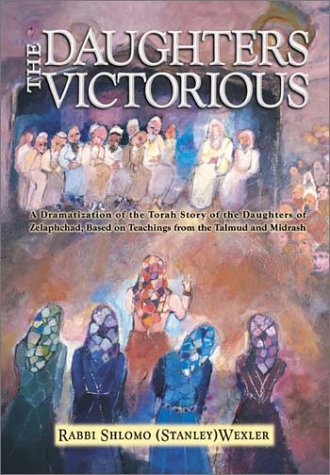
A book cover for The Daughters Victorious; Shlomo Wexler; Religion & Spirituality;